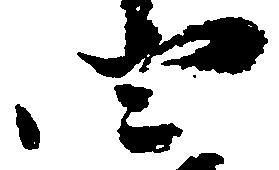
四